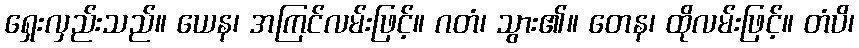
ရှေးလှည်းသည်။ ယေန၊ အကြင်လမ်းဖြင့်။ ဂတံ၊ သွား၏။ တေန၊ ထိုလမ်းဖြင့်။ တံပိ၊